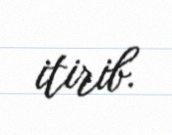
itirib.